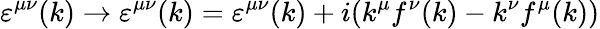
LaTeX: \varepsilon^{\mu\nu}(k)\rightarrow\varepsilon^{\mu\nu}(k)=\varepsilon^{\mu\nu}(k)+i(k^{\mu}f^{\nu}(k)-k^{\nu}f^{\mu}(k))